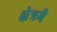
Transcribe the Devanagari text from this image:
क्षेत्रमै